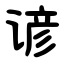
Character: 谚